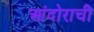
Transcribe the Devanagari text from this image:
आंदोराची